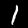
Label: 1